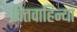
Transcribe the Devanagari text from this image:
पित्तवाहिन्या